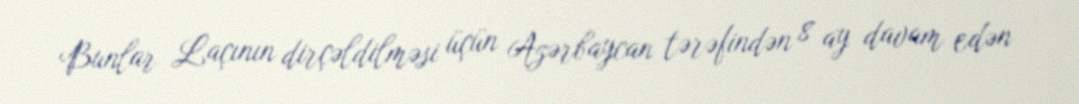
Bunlar Laçının dirçəldilməsi üçün Azərbaycan tərəfindən 8 ay davam edən